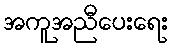
အကူအညီပေးရေး